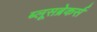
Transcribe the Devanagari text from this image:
ब्लूसब्रेकर्स